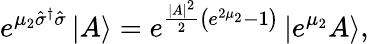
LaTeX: e^{\mu_{2}\hat{\sigma}^{\dagger}\hat{\sigma}}\left\vert A\right\rangle=e^{\frac{|A|^{2}}{2}\left(e^{2\mu_{2}}-1\right)}\left\vert e^{\mu_{2}}A\right\rangle,